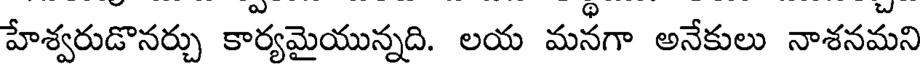
హేశ్వరుడొనర్చు కార్యమైయున్నది. లయ మనగా అనేకులు నాశనమని